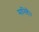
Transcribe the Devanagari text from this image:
मानिहैं।।